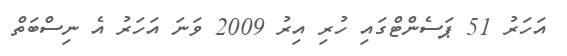
އަހަރު 51 ޕަސެންޓްގައި ހުރި އިރު 2009 ވަނަ އަހަރު އެ ނިސްބަތް